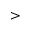
>